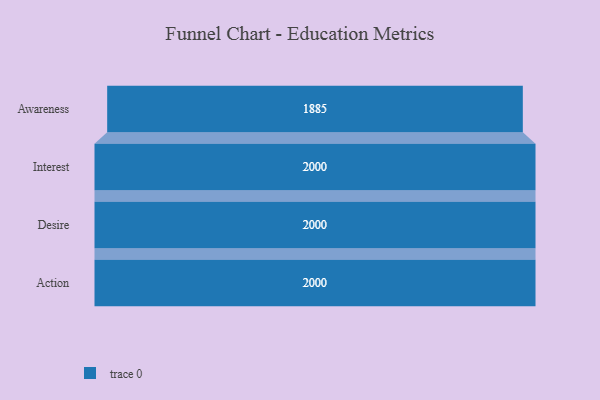
{"axis": {"x": "Stage", "y": "Value"}, "legend": [""], "data": [{"x": "Awareness", "y": 1885.0, "type": ""}, {"x": "Interest", "y": 2000, "type": ""}, {"x": "Desire", "y": 2000, "type": ""}, {"x": "Action", "y": 2000, "type": ""}]}